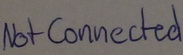
Text: Not Connected